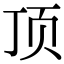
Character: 顶